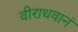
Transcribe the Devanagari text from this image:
वीराधवानं